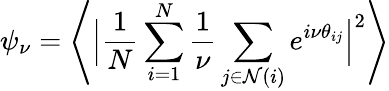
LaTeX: \psi_{\nu}=\Biggl\langle\Big|\frac{1}{N}\sum_{i=1}^{N}\frac{1}{{\nu}}\sum_{j\in\mathcal{N}(i)}e^{i{\nu}\theta_{ij}}\Big|^{2}\Biggr\rangle